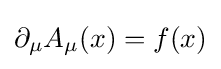
\partial _{\mu }A_{\mu }(x)=f(x)